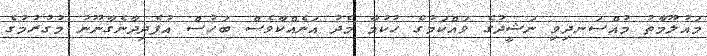
މައުލޫމާތު މުއްސަނދިވި ނަޝީދުގެ ވައްކަމުގެ ހުކުމާ މެދު އަނެއްކާވެސް ބަހުސް އުފެދިދާނެގާނޫނު މުގުރުމުގެ